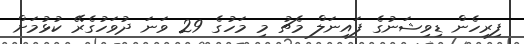
ފިރިހެން ޑިވިޝަނުގެ ފައިނަލް މެޗު މި މަހުގެ 29 ވަނަ ދުވަހުގެރޭ ކުޅުމަށް